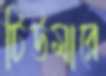
টিউমারে